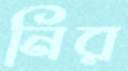
নির